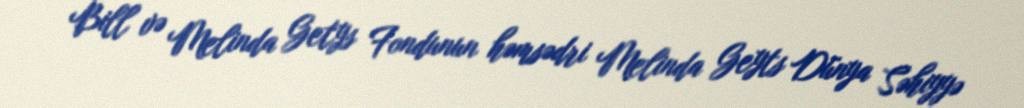
Bill və Melinda Getys Fondunun həmsədri Melinda Geyts Dünya Səhiyyə